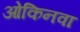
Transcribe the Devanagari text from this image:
ओकिनवा